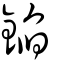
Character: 錎